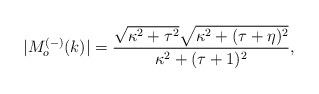
LaTeX: \begin{align*}|M_o^{(-)}(k)|=\frac{\sqrt{\kappa^2+\tau^2}\sqrt{\kappa^2+(\tau+\eta)^2}}{\kappa^2+(\tau+1)^2},\end{align*}